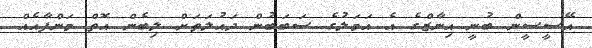
އޭސީސީން ބުނީ އިނާޒްގެ އެ އަމަލުގެ ސަބަބުން ދައުލަތަށް ލިބެން އޮތް މަންފާއެއް